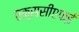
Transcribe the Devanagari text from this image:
एक्ससीएफई